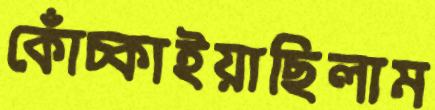
কোঁচ্‌কাইয়াছিলাম